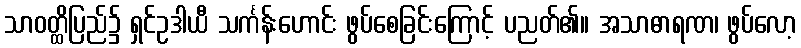
သာဝတ္ထိပြည်၌ ရှင်ဥဒါယီ သင်္ကန်းဟောင်း ဖွပ်စေခြင်းကြောင့် ပညတ်၏။ အသာဓာရဏ၊ ဖွပ်လော့